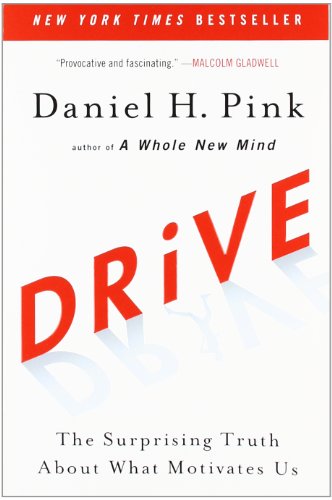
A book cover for Drive: The Surprising Truth About What Motivates Us; Daniel H. Pink; Self-Help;